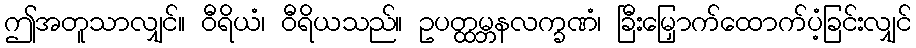
ဤအတူသာလျှင်။ ဝီရိယံ၊ ဝီရိယသည်။ ဥပတ္ထမ္ဘနလက္ခဏံ၊ ခြီးမြှောက်ထောက်ပံ့ခြင်းလျှင်